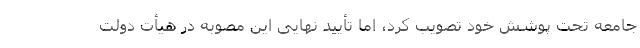
جامعه تحت پوشش خود تصویب کرد، اما تأیید نهایی این مصوبه در هیأت دولت